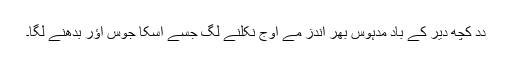
دِدِ کُچھ دیر کے باد مدہوس بھرِ اَندز مے اَوج نِکلنے لگِ جِسّے اُسکا جوس اؤر بدھنے لگا۔